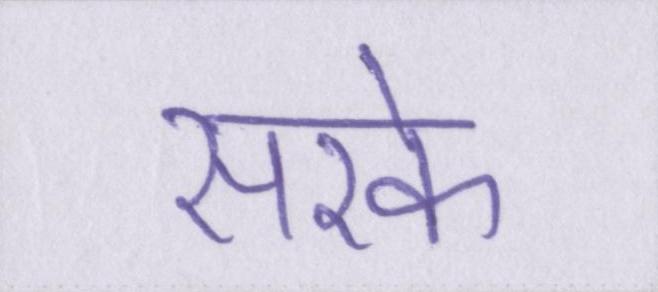
सरके